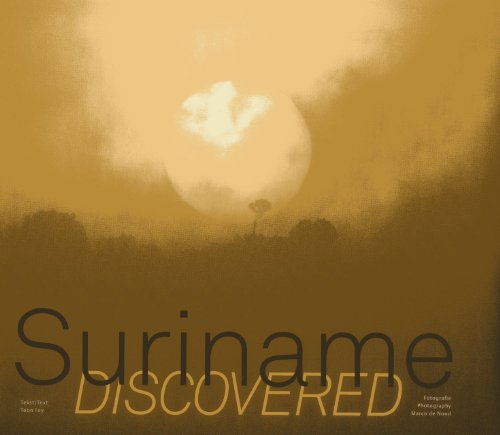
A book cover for Suriname Discovered; Toon Fey; Travel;